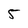
Character: 5